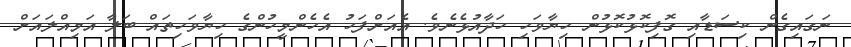
ނަގައިގެން ކިސަޑާއި ގޮފިކޮޅުކޮޅުން ހިޔާވަހި ހަދާއުޅެނެވެ. އެއަށްފަހު އެހެންމީހުންގެ ހިޔާވަހިތައް ބަލާ އަމިއްލައަށް